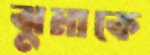
ঝুমাকে